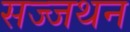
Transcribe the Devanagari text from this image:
सज्जथन